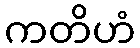
ကတိဟံ